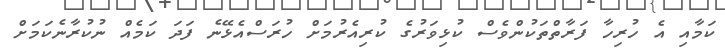
ކަމާއި އެ ހުރިހާ ފަރާތްތަކުންވެސް ކުޅިވަރުގެ ކުރިއެރުމަށް ހުރަސްއެޅޭނެ ފަދަ ކަމެއް ނުކުރާނެކަމަށް